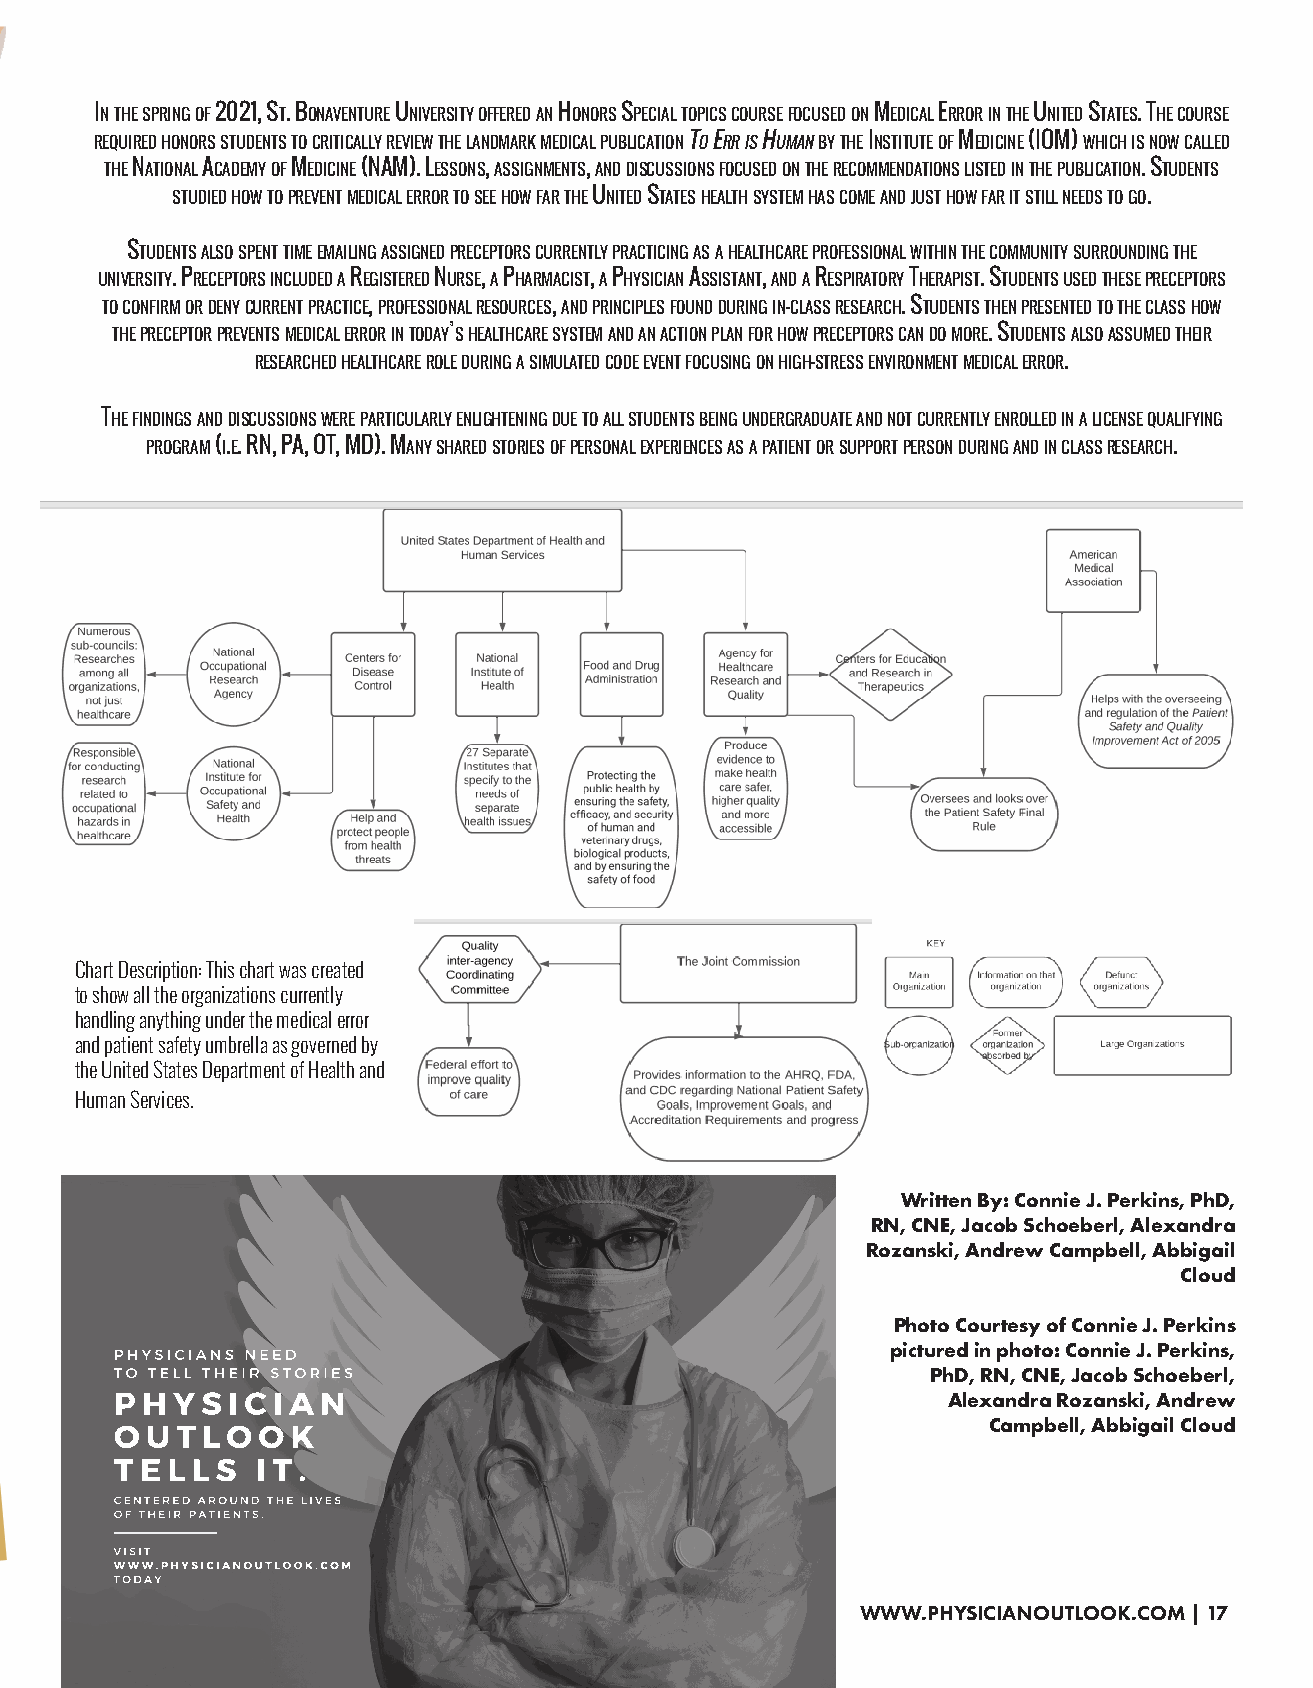
In the sprIng of 2021, st. Bonaventure unIversIty offered an honors specIal topIcs course focused on MedIcal error In the unIted states. the course
 requIred honors students to crItIcally revIew the landMark MedIcal puBlIcatIon to err Is huMan By the InstItute of MedIcIne (IoM) whIch Is now called
 the natIonal acadeMy of MedIcIne (naM). lessons, assIgnMents, and dIscussIons focused on the recoMMendatIons lIsted In the puBlIcatIon. students
 studIed how to prevent MedIcal error to see how far the unIted states health systeM has coMe and just how far It stIll needs to go.
 students also spent tIMe eMaIlIng assIgned preceptors currently practIcIng as a healthcare professIonal wIthIn the coMMunIty surroundIng the
 unIversIty. preceptors Included a regIstered nurse, a pharMacIst, a physIcIan assIstant, and a respIratory therapIst. students used these preceptors
 to confIrM or deny current practIce, professIonal resources, and prIncIples found durIng In-class research. students then presented to the class how
 the preceptor prevents MedIcal error In today’s healthcare systeM and an actIon plan for how preceptors can do More. students also assuMed theIr
 researched healthcare role durIng a sIMulated code event focusIng on hIgh-stress envIronMent MedIcal error.
 the fIndIngs and dIscussIons were partIcularly enlIghtenIng due to all students BeIng undergraduate and not currently enrolled In a lIcense qualIfyIng
 prograM (I.e. rn, pa, ot, Md). Many shared storIes of personal experIences as a patIent or support person durIng and In class research.
 Chart Description: This chart was created
 to show all the organizations currently
 handling anything under the medical error
 and patient safety umbrella as governed by
 the United States Department of Health and
 Human Services.
 Written By: Connie J. Perkins, PhD,
 RN, CNE, Jacob Schoeberl, Alexandra
 Rozanski, Andrew Campbell, Abbigail
 Cloud
 Photo Courtesy of Connie J. Perkins
 PHYSICIANS NEED                                    pictured in photo: Connie J. Perkins,
 TO TELL THEIR STORIES                                 PhD, RN, CNE, Jacob Schoeberl,
 PHYSICIAN
 Alexandra Rozanski, Andrew
 OUTLOOK                                                  Campbell, Abbigail Cloud
 TELLS    IT.
 CENTERED AROUND THE LIVES
 OF THEIR PATIENTS.
 VISIT
 WWW.PHYSICIANOUTLOOK.COM
 TODAY
 Design vector created by
 rawpixel.com - www.freepik.com                           WWW.PHYSICIANOUTLOOK.COM | 17